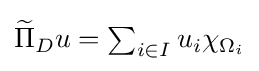
{\textstyle {\widetilde {\Pi }}_{D}u=\sum _{i\in I}u_{i}\chi _{\Omega _{i}}}